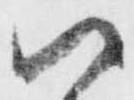
ハ